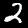
Digit: 2